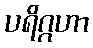
ပရိဂ္ဂဟာ